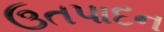
ઉતપાદન